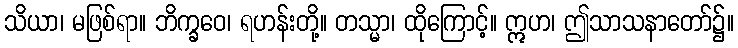
သိယာ၊ မဖြစ်ရာ။ ဘိက္ခဝေ၊ ရဟန်းတို့။ တသ္မာ၊ ထိုကြောင့်။ ဣဟ၊ ဤသာသနာတော်၌။